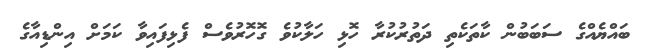
ބައްޔެއްގެ ސަބަބުން ކާތަކެތި ދަތުރުކުރާ ހޮޅި ހަލާކުވެ ގޮހޮރުވެސް ފެޅިފައިވާ ކަމަށް އިންޑިއާގެ